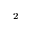
^ 2